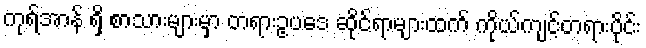
ကုရ်အာန် ရှိ စာသားများမှာ တရားဥပဒေ ဆိုင်ရာများထက် ကိုယ်ကျင့်တရားပိုင်း